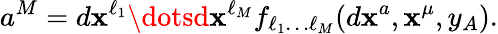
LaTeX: a^{M}=d\mathbf{x}^{\ell_{1}}\dotsd\mathbf{x}^{\ell_{M}}f_{\ell_{1}\dots\ell_{M}}(d\mathbf{x}^{a},\mathbf{x}^{\mu},y_{A}).